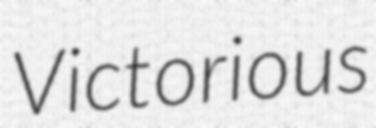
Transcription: Victorious